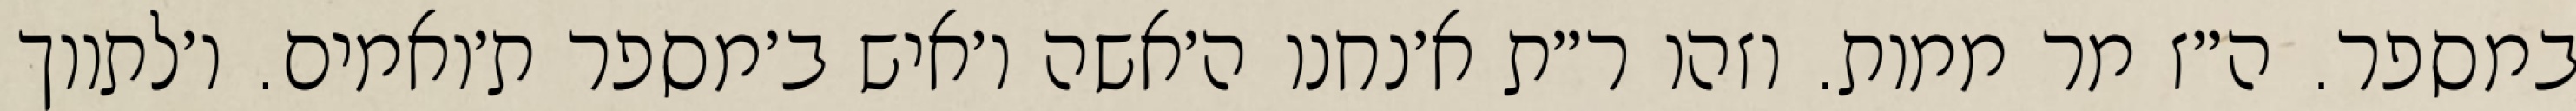
במספר. ה״ז מר ממות. וזהו ר״ת א׳נחנו ה׳אשה ו׳איש ב׳מספר ת׳ואמים. ו׳לתווך